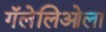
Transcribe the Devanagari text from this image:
गॅलेलिओला